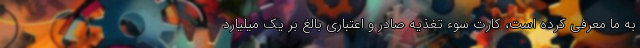
به ما معرفی کرده است، کارت سوء تغذیه صادر و اعتباری بالغ بر یک میلیارد